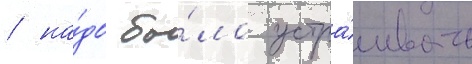
/ на́до бы́ло устра́ивать